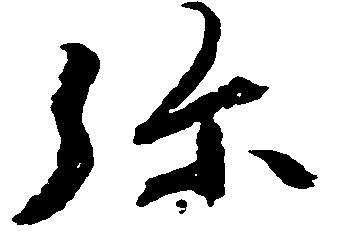
弥